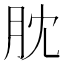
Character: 䏙